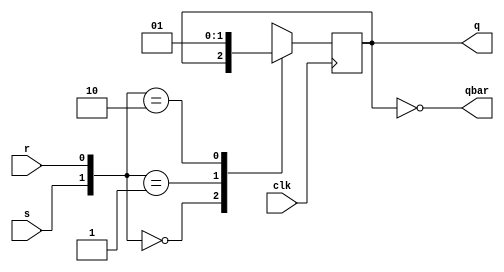

module srflipflop(s,r,clk,q,qbar);
input s,r,clk;
output reg q;
output qbar;
always@(posedge clk)
begin
case({s,r})
2'b00:q<=q;
2'b01:q<=0;
2'b10:q<=1;
2'b11:q<=1'bx;
endcase
end
assign qbar=~q;
endmodule